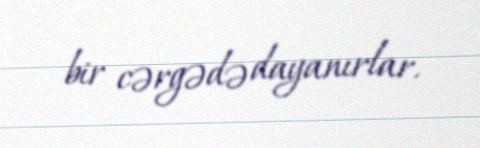
bir cərgədə dayanırlar.